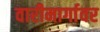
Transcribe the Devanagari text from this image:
वारीमार्गावर